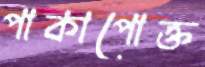
পাকাপোক্ত